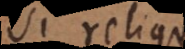
si reliqua